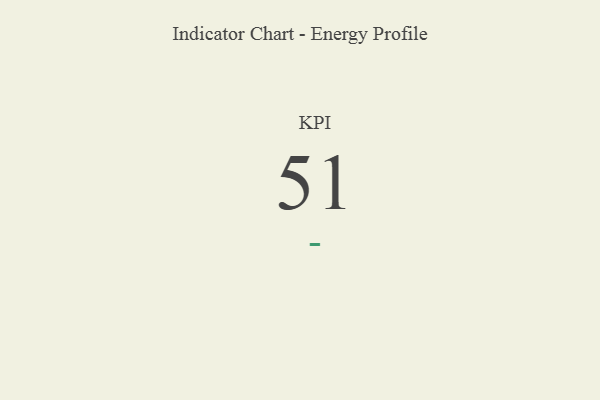
{"axis": {"x": "KPI", "y": "Value"}, "legend": [""], "data": [{"x": "KPI", "y": 51, "type": ""}]}